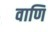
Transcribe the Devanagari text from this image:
वाणि